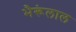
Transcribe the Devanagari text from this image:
भैरूंलाल